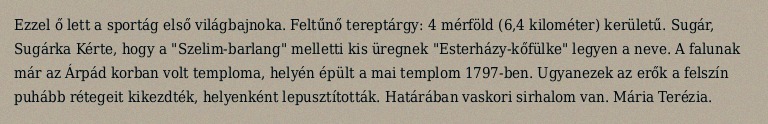
Ezzel ő lett a sportág első világbajnoka. Feltűnő tereptárgy: 4 mérföld (6,4 kilométer) kerületű. Sugár, Sugárka Kérte, hogy a "Szelim-barlang" melletti kis üregnek "Esterházy-kőfülke" legyen a neve. A falunak már az Árpád korban volt temploma, helyén épült a mai templom 1797-ben. Ugyanezek az erők a felszín puhább rétegeit kikezdték, helyenként lepusztították. Határában vaskori sirhalom van. Mária Terézia.